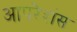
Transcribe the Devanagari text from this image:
आपरेशंस